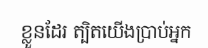
ខ្លួនដែរ ត្បិតយើងប្រាប់អ្នក